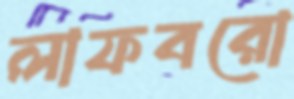
লাফবরো